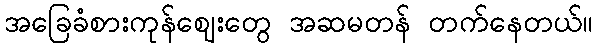
အခြေခံစားကုန်ဈေးတွေ အဆမတန် တက်နေတယ်။